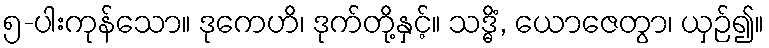
၅-ပါးကုန်သော။ ဒုကေဟိ၊ ဒုက်တို့နှင့်။ သဒ္ဓိံ, ယောဇေတွာ၊ ယှဉ်၍။